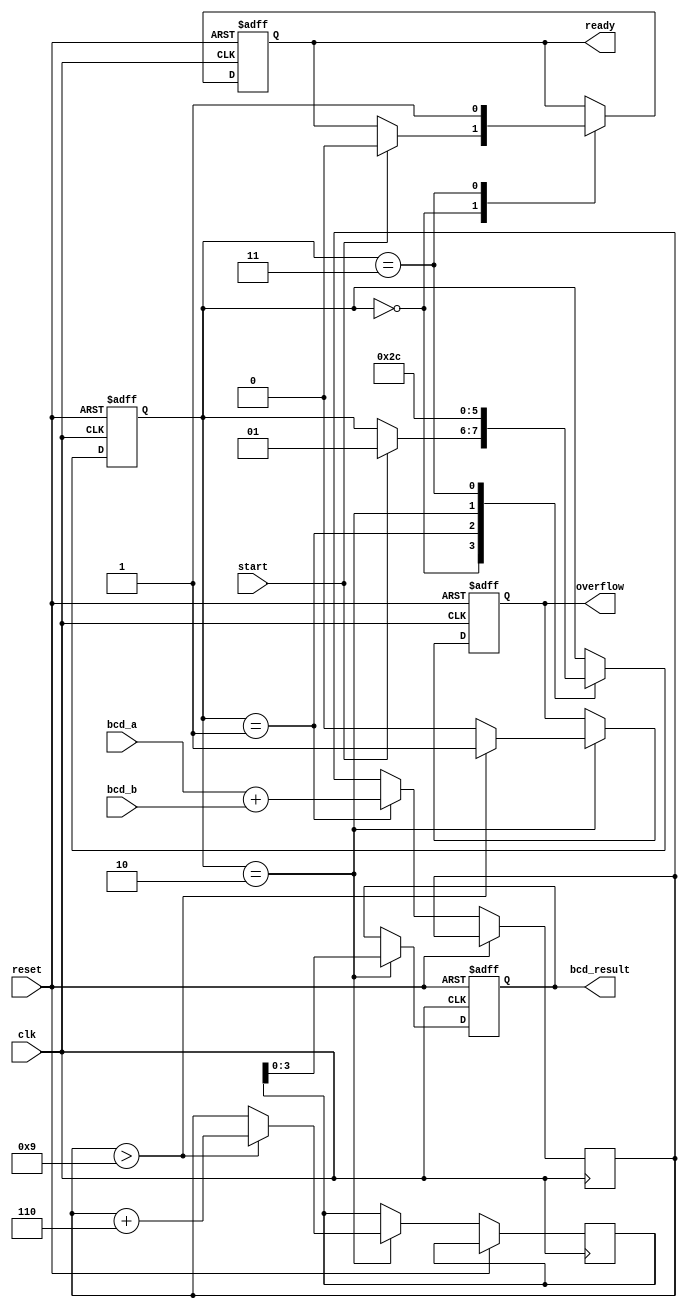
module bcd_pipelined_adder (
    input wire clk,
    input wire reset,
    input wire start,
    input wire [3:0] bcd_a, // First BCD digit
    input wire [3:0] bcd_b, // Second BCD digit
    output reg [3:0] bcd_result, // Resultant BCD digit
    output reg overflow, // Overflow signal
    output reg ready // Indicates the result is ready
);

    reg [4:0] sum; // Intermediate sum (5 bits to handle carry)
    reg [4:0] corrected_sum; // Corrected sum after BCD adjustment
    reg [1:0] state; // State for pipelining

    localparam IDLE = 2'b00,
               ADDITION = 2'b01,
               CORRECTION = 2'b10,
               OUTPUT = 2'b11;

    // State Machine for Pipelined Operation
    always @(posedge clk or posedge reset) begin
        if (reset) begin
            state <= IDLE;
            bcd_result <= 4'b0000;
            overflow <= 1'b0;
            ready <= 1'b0;
        end else begin
            case (state)
                IDLE: begin
                    if (start) begin
                        state <= ADDITION;
                        ready <= 1'b0; // Not ready until the result is calculated
                    end
                end
                ADDITION: begin
                    // Stage 1: Initial Addition
                    sum <= bcd_a + bcd_b; // 5 bits to accommodate carry
                    state <= CORRECTION;
                end
                CORRECTION: begin
                    // Stage 2: BCD Correction
                    if (sum > 9) begin
                        corrected_sum <= sum + 5'b00110; // Add 6 for BCD correction
                        overflow <= 1'b1; // Overflow occurs when correction is needed
                    end else begin
                        corrected_sum <= sum;
                        overflow <= 1'b0; // No overflow
                    end
                    bcd_result <= corrected_sum[3:0]; // Store the lower 4 bits as result
                    state <= OUTPUT;
                end
                OUTPUT: begin
                    ready <= 1'b1; // Result is ready
                    state <= IDLE; // Go back to IDLE state
                end
                default: state <= IDLE; // Safety net
            endcase
        end
    end
endmodule